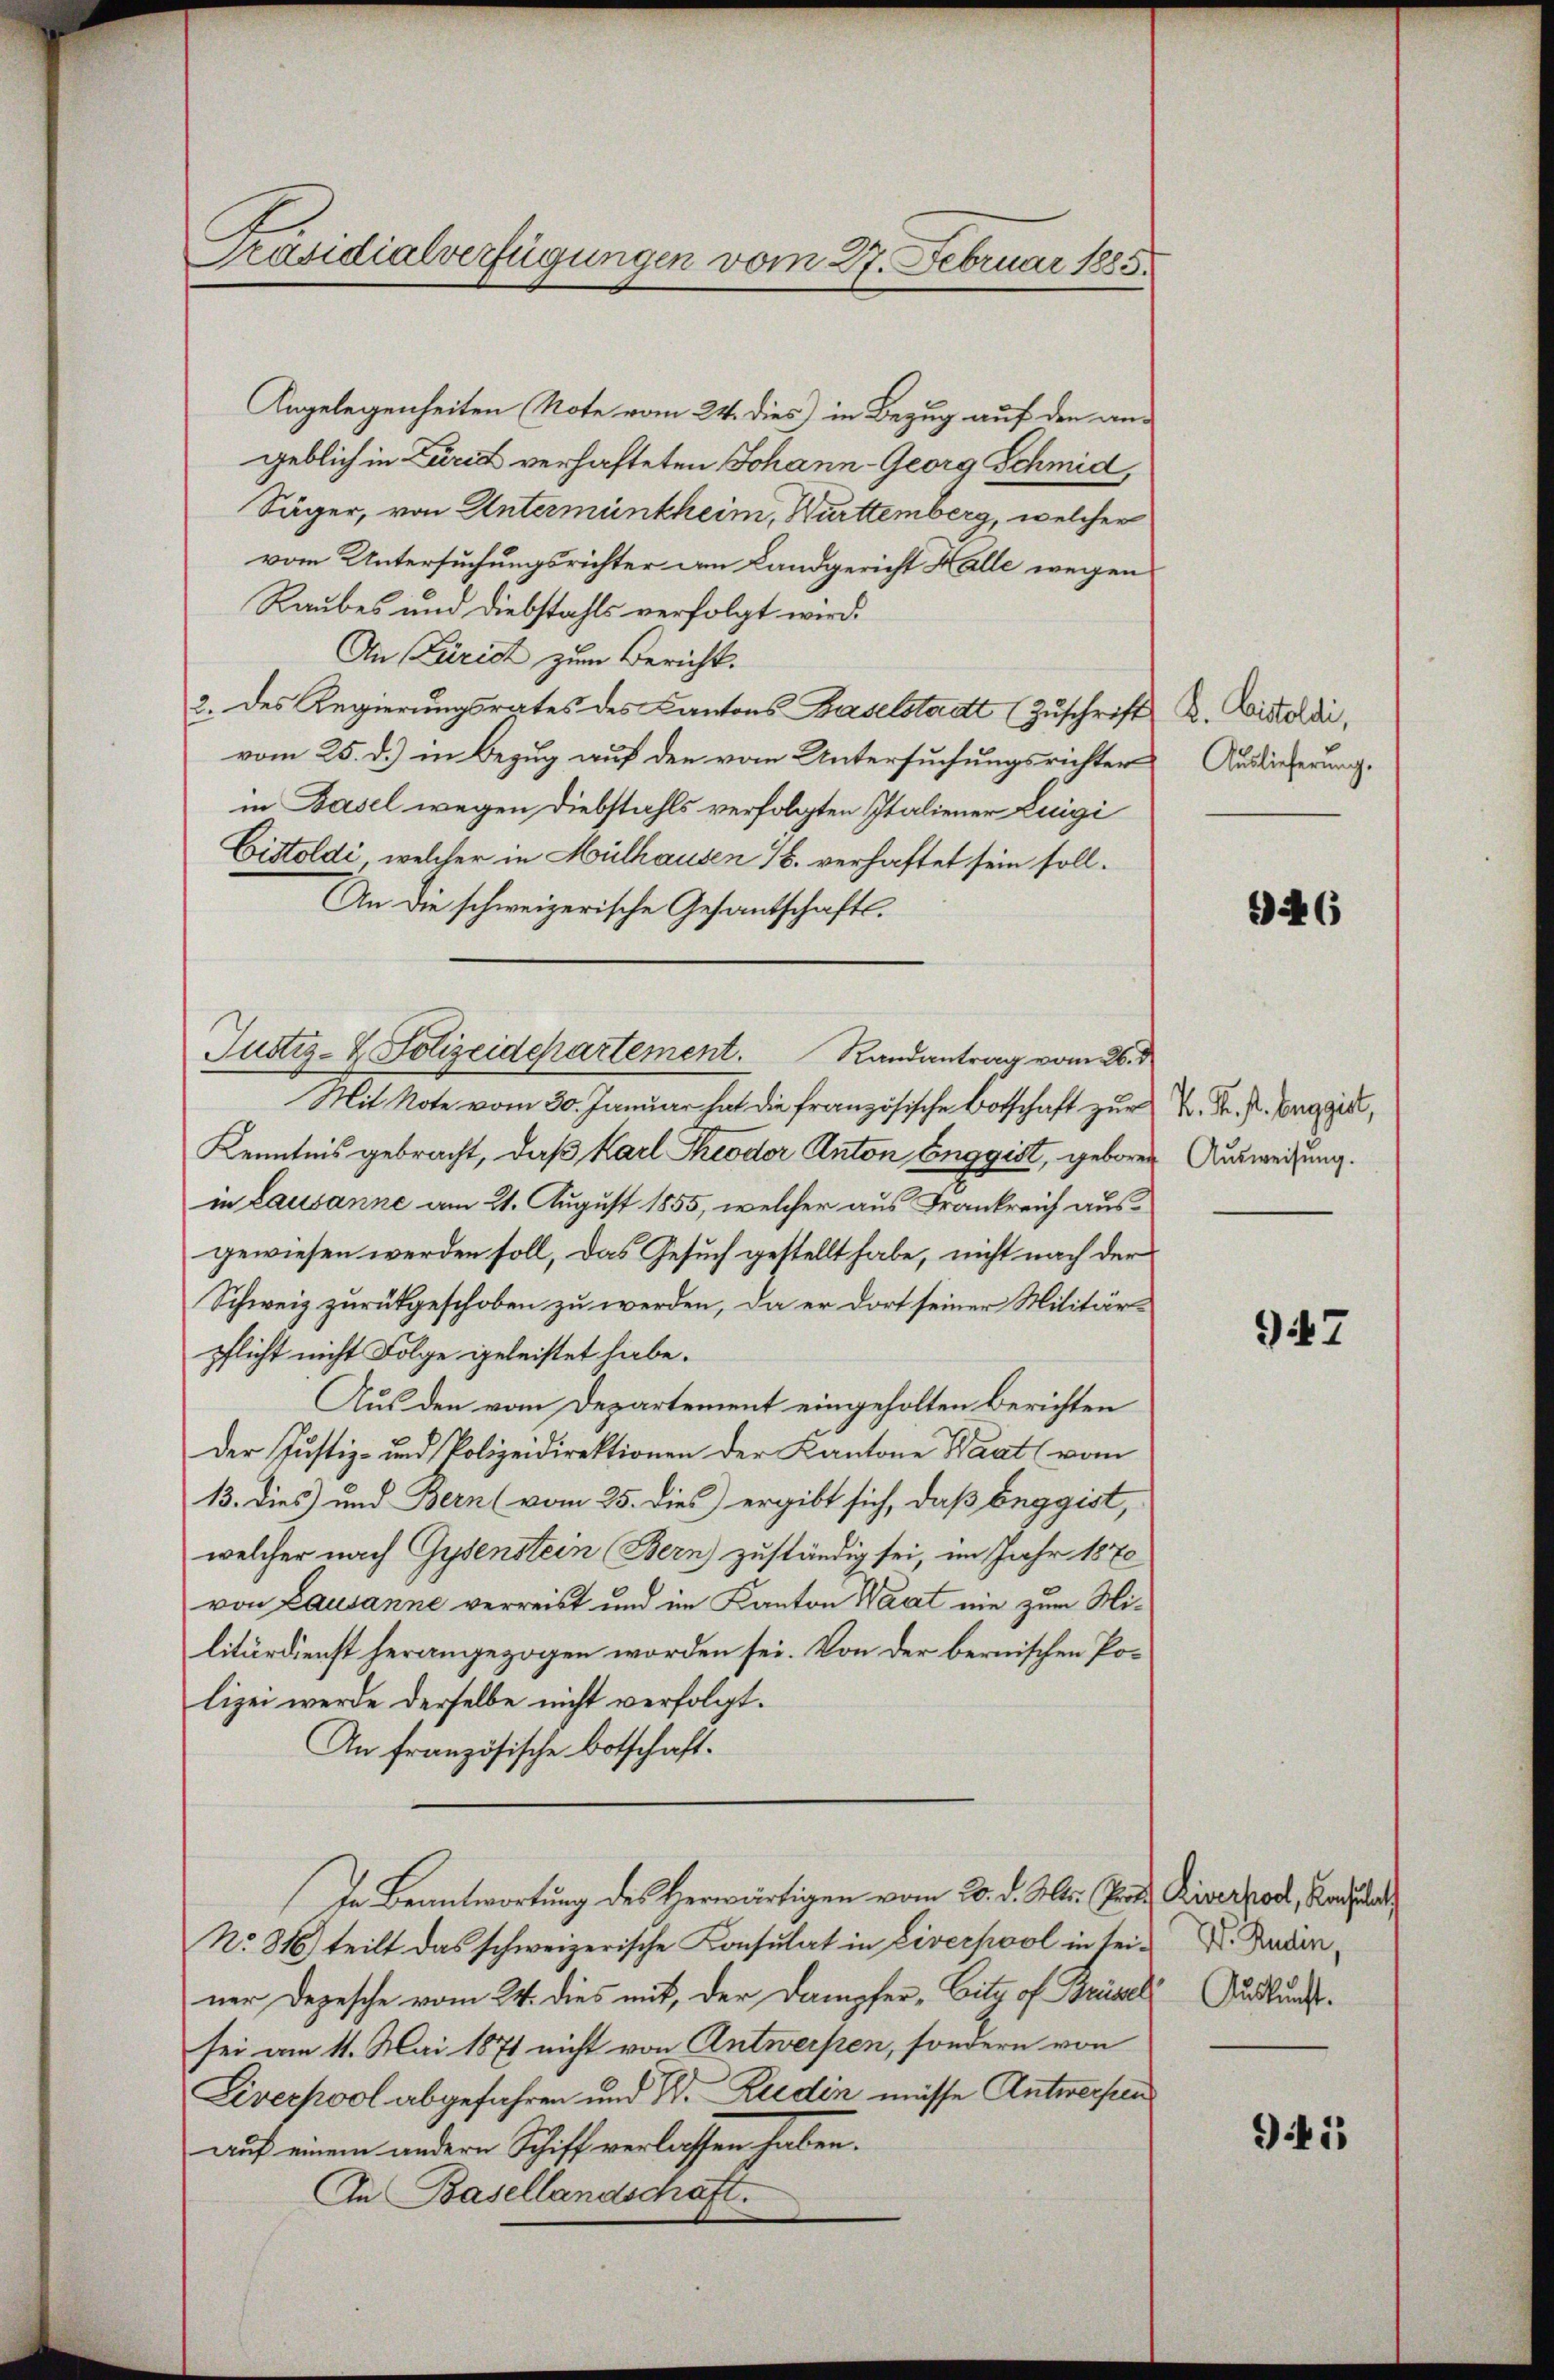
Präsidialverfügungen vom 27. Februar 1885.

Angelegenheiten Note vom 24. dies) in Bezug auf den angeblich in Zured verhafteten Johann-Georg Schmid,
Säger, von Untermüntheim, Württemberg, welcher
vom Untersuchungsrichter am Landgericht Halle wegen
Raubes und Diebstahls verfolgt wird.
An Zürich zum Bericht.
2. des Regierungsrates des Cantons Baselstadt (Zuschrift K. Quistoldi,
vom 25. d.) in Bezug auf den vom Untersuchungsrichter
in Basel wegen Diebstahls verfolgten Italiener Luigi
Cistoldi, welcher in Mülhausen 16. verhaftet sein soll.
An die schweizerische Gesantschafts¬
Mit Note vom 30. Januar hat die französische Botschaft zur Sr. Dr. P. Guggis,
Kenntnis gebracht, daß Karl Theodor Anton Enggist, geboren
in Lausanne am 21. August 1855, welcher aus Frankreich ausgewiesen werden soll, das Gesuch gestellt habe, nicht nach der
Schweiz zurückgeschoben zu werden, da er dort seiner Militärpflicht nicht Folge geleistet habe.
Aus den vom Departement eingeholten berichten
Der Justiz- und Polizeidirektionen der Kantone Waat (vom
13. Dies) und Bern (vom 25. dies ergibt sich, daß beggist,
welcher nach Gysenstein (Bern zuständig sei, im Jahr 1870
von Lausanne verreist und im Kanton Waat nie zum Militärdienst herangezogen worden sei. Von der bernischen Polizei werde derselbe nicht verfolgt.
An französische Botschaft.
In Beantwortung des Herwärtigen vom 20. d. Mts. Prof. Riverholt, Bartha
No. 816) teilt das schweizerische Konsulat in Liverpool in sei. Dadurner Depesche vom 24. dies mit, der Dampfer -Citz of Brüsel Auskunftsei am 11. Mai 1871 nicht von Antwerfen, sondern von
Liverpool abgefahren und D. Reden müsse Antwerpen
auf einem andern Schiff verlassen haben.
An Basellandschaft.

Justiz- & Polizeidepartement. Randantrag vom 26. d.

Auslieferung.

146

Ausweisung.

947

941